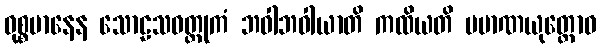
ဝုစ္စမာနေန သောဠသဝတ္ထုကံ ဘဝါဘဝါယာတိ ကထိယတိ ပမာဏယုတ္တောဝ